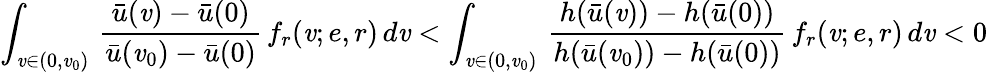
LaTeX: \int_{\mathit{v}\in(0,\mathit{v}_{0})}\, \frac{{\bar{{u}}(\mathit{v})-\bar{{u}}(0)}}{{\bar{{u}}(\mathit{v}_{0})-\bar{{u}}(0)}}\, f_{r}(\mathit{v};e,r)\, d\mathit{v}<\int_{\mathit{v}\in(0,\mathit{v}_{0})}\, \frac{{h(\bar{{u}}(\mathit{v}))-h(\bar{{u}}(0))}}{{h(\bar{{u}}(\mathit{v}_{0}))-h(\bar{{u}}(0))}}\, f_{r}(\mathit{v};e,r)\, d\mathit{v}<0